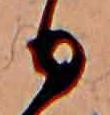
日